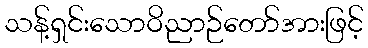
သန့်ရှင်းသောဝိညာဉ်တော်အားဖြင့်